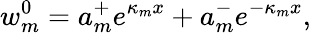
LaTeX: w_{m}^{0}=a_{m}^{+}e^{\kappa_{m}x}+a_{m}^{-}e^{-\kappa_{m}x},